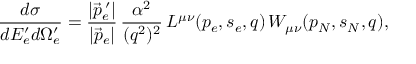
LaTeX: \frac { d \sigma } { d E _ { e } ^ { \prime } d \Omega _ { e } ^ { \prime } } = \frac { | \vec { p } _ { e } ^ { \, \prime } | } { | \vec { p } _ { e } | } \, \frac { \alpha ^ { 2 } } { ( q ^ { 2 } ) ^ { 2 } } \, L ^ { \mu \nu } ( p _ { e } , s _ { e } , q ) \, W _ { \mu \nu } ( p _ { N } , s _ { N } , q ) ,